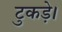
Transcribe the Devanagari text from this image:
टुकड़े।